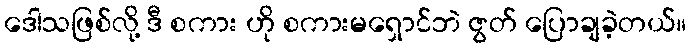
ဒေါသဖြစ်လို့ ဒီ စကား ဟို စကားမရှောင်ဘဲ ဇွတ် ပြောချခဲ့တယ်။